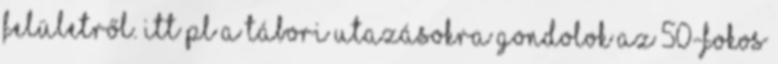
felületről. itt pl a tábori utazásokra gondolok az 50-fokos